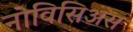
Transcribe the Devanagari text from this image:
नोविसिअस